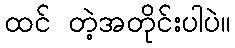
ထင် တဲ့အတိုင်းပါပဲ။